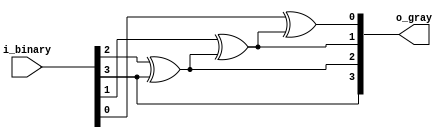
`timescale 1ns / 1ps
//////////////////////////////////////////////////////////////////////////////////
// Company: 
// Engineer: 
// 
// Design Name: 
// Module Name: gray2binary
// Project Name: 
// Target Devices: 
// Tool Versions: 
// Description: 
// 
// Dependencies: 
// 
// Revision:
// Revision 0.01 - File Created
// Additional Comments:
// 
//////////////////////////////////////////////////////////////////////////////////


module gray2binary#(
    parameter   BIN_WIDTH = 4
)(
    input  [BIN_WIDTH - 1 : 0]  i_binary    ,
    output [BIN_WIDTH - 1 : 0]  o_gray          
);
assign o_gray[BIN_WIDTH - 1] = i_binary[BIN_WIDTH - 1];
genvar i;
generate
    for(i = 1; i < BIN_WIDTH; i = i+1)begin
        assign o_gray[BIN_WIDTH - 1 - i] = i_binary[BIN_WIDTH - 1 - i] ^ o_gray[BIN_WIDTH - i];
    end
endgenerate

endmodule